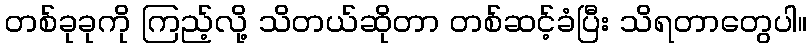
တစ်ခုခုကို ကြည့်လို့ သိတယ်ဆိုတာ တစ်ဆင့်ခံပြီး သိရတာတွေပါ။